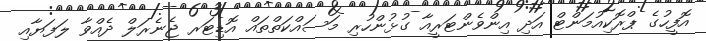
އޮފީހުގެ ޕްރޮކިއުމަންޓް އަދި އިންވެންޓަރީއާ ގުޅުންހުރި މަސައްކަތްތައް އޮޑިޓަރ ޖެނެރަލް ދެއްވާ ލަފަޔާއި